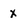
Character: x